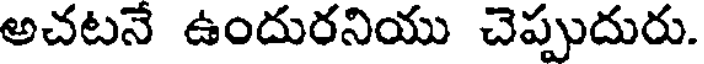
అచటనే ఉందురనియు చెప్పుదురు.